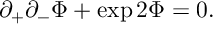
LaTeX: \partial _ { + } \partial _ { - } \Phi + \exp { 2 \Phi } = 0 .